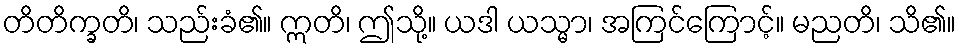
တိတိက္ခတိ၊ သည်းခံ၏။ ဣတိ၊ ဤသို့။ ယဒါ ယသ္မာ၊ အကြင်ကြောင့်။ မညတိ၊ သိ၏။